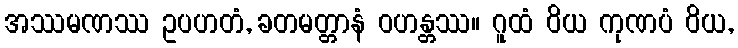
အဿမဏဿ ဥပဟတံ, ခတမတ္တာနံ ဝဟန္တဿ။ ဂူထံ ဝိယ ကုဏပံ ဝိယ,